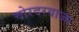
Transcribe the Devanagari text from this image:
चोरदरवाजा